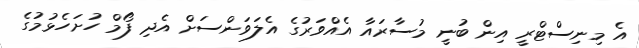
އެ މިނިސްޓްރީ އިން ބުނީ މުސާރަައާ އެއްވަރުގެ އެލަވަންސަށް އެދި ފޯމް ހުށަހެޅުމުގެ